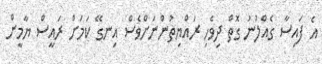
އެ ފައިސާ ގެއްލުނު ގޮތް ދިވެހި ރައްޔިތުންނަށްވެސް އިނގޭ ކަމަށް ރައީސް ޔާމީން